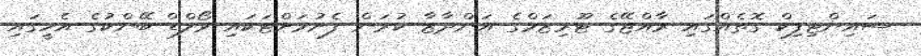
ސައިންޓިފިކް ގޮތެއްގައި ރާއްޖޭގެ ޓޫރިޒަމްގެ އަންދާޒާ ކުރަން ފެށުމަށްޓަކައި ވޯލްޑް ބޭންކުގެ އެހީގައި